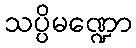
သပ္ပိမဏ္ဍော